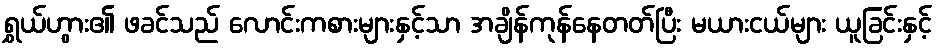
ရွှယ်ဟွား၏ ဖခင်သည် လောင်းကစားများနှင့်သာ အချိန်ကုန်နေတတ်ပြီး မယားငယ်များ ယူခြင်းနှင့်